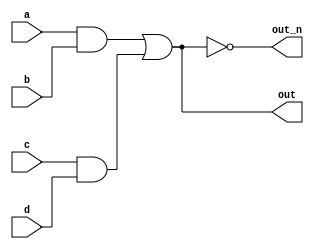
`default_nettype none
module top_module(
    input a,
    input b,
    input c,
    input d,
    output out,
    output out_n   );
    
    wire a_and_b;
    wire c_and_d;
    
    assign a_and_b = a & b;
    assign c_and_d = c & d;
    assign out = a_and_b | c_and_d;
    assign out_n = ~out;

endmodule